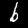
Digit: 6